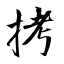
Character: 拷